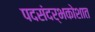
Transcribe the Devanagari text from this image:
पदसंदर्भकोशात